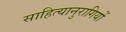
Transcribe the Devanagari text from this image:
साहित्यानुरागियों